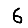
Digit: 6